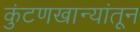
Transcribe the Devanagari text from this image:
कुंटणखान्यांतून